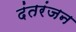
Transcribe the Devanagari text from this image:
दंतरंजन